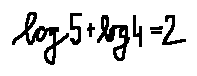
\log 5 + \log 4 = 2